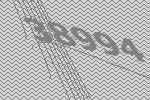
38994